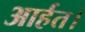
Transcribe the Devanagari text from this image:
आर्हत।